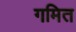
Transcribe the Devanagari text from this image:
गमित